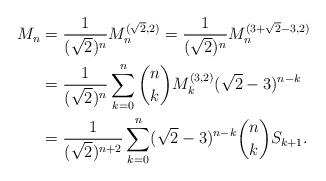
LaTeX: \begin{align*}M_{n}&=\frac1{(\sqrt{2})^{n}}M_n^{(\sqrt{2},2)}=\frac1{(\sqrt{2})^{n}}M_n^{(3+\sqrt{2}-3,2)}\\ &=\frac1{(\sqrt{2})^{n}}\sum_{k=0}^n\binom{n}{k}M_k^{(3,2)}(\sqrt{2}-3)^{n-k}\\ &=\frac1{(\sqrt{2})^{n+2}}\sum_{k=0}^n(\sqrt{2}-3)^{n-k}\binom{n}{k}S_{k+1}.\end{align*}